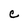
Character: C